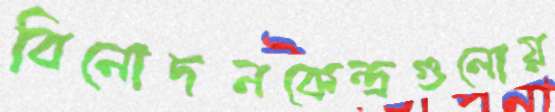
বিনোদনকেন্দ্রগুলোয়